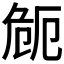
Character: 𭅻